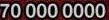
70 000 0000